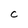
Character: U